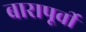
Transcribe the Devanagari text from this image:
बारापूर्वी